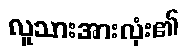
လူသားအားလုံး၏